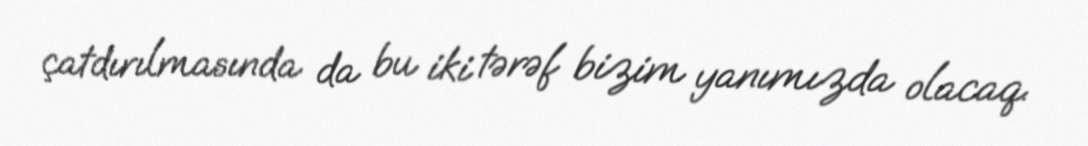
çatdırılmasında da bu iki tərəf bizim yanımızda olacaq.